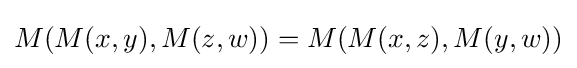
M(M(x,y),M(z,w))=M(M(x,z),M(y,w))